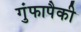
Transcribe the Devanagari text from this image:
गुंफापैकी